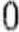
0